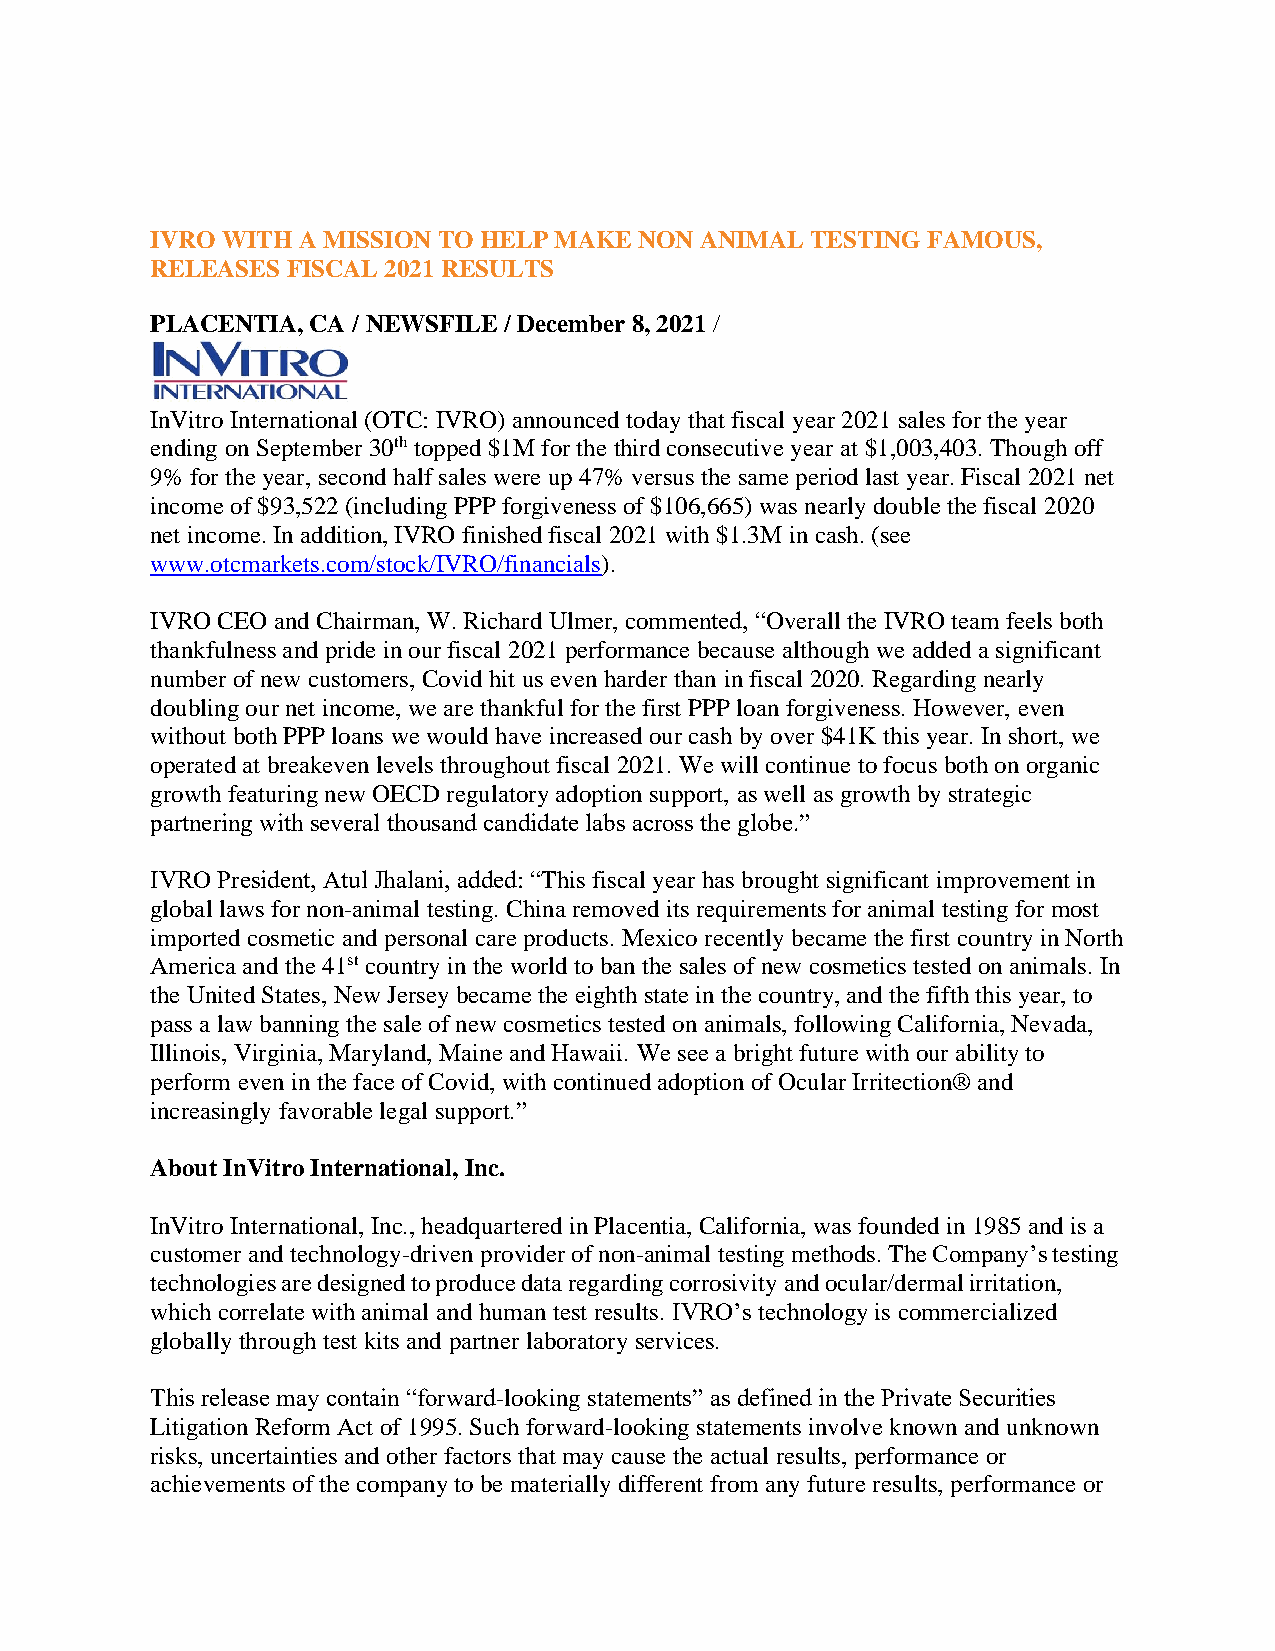
IVRO WITH A MISSION TO HELP MAKE NON ANIMAL TESTING FAMOUS,
 RELEASES FISCAL 2021 RESULTS
 PLACENTIA, CA / NEWSFILE / December 8, 2021 /
 InVitro International (OTC: IVRO) announced today that fiscal year 2021 sales for the year
 ending on September 30th topped $1M for the third consecutive year at $1,003,403. Though off
 9% for the year, second half sales were up 47% versus the same period last year. Fiscal 2021 net
 income of $93,522 (including PPP forgiveness of $106,665) was nearly double the fiscal 2020
 net income. In addition, IVRO finished fiscal 2021 with $1.3M in cash. (see
 www.otcmarkets.com/stock/IVRO/financials).
 IVRO CEO and Chairman, W. Richard Ulmer, commented, “Overall the IVRO team feels both
 thankfulness and pride in our fiscal 2021 performance because although we added a significant
 number of new customers, Covid hit us even harder than in fiscal 2020. Regarding nearly
 doubling our net income, we are thankful for the first PPP loan forgiveness. However, even
 without both PPP loans we would have increased our cash by over $41K this year. In short, we
 operated at breakeven levels throughout fiscal 2021. We will continue to focus both on organic
 growth featuring new OECD regulatory adoption support, as well as growth by strategic
 partnering with several thousand candidate labs across the globe.”
 IVRO President, Atul Jhalani, added: “This fiscal year has brought significant improvement in
 global laws for non-animal testing. China removed its requirements for animal testing for most
 imported cosmetic and personal care products. Mexico recently became the first country in North
 America and the 41st country in the world to ban the sales of new cosmetics tested on animals. In
 the United States, New Jersey became the eighth state in the country, and the fifth this year, to
 pass a law banning the sale of new cosmetics tested on animals, following California, Nevada,
 Illinois, Virginia, Maryland, Maine and Hawaii. We see a bright future with our ability to
 perform even in the face of Covid, with continued adoption of Ocular Irritection® and
 increasingly favorable legal support.”
 About InVitro International, Inc.
 InVitro International, Inc., headquartered in Placentia, California, was founded in 1985 and is a
 customer and technology-driven provider of non-animal testing methods. The Company’s testing
 technologies are designed to produce data regarding corrosivity and ocular/dermal irritation,
 which correlate with animal and human test results. IVRO’s technology is commercialized
 globally through test kits and partner laboratory services.
 This release may contain “forward-looking statements” as defined in the Private Securities
 Litigation Reform Act of 1995. Such forward-looking statements involve known and unknown
 risks, uncertainties and other factors that may cause the actual results, performance or
 achievements of the company to be materially different from any future results, performance or